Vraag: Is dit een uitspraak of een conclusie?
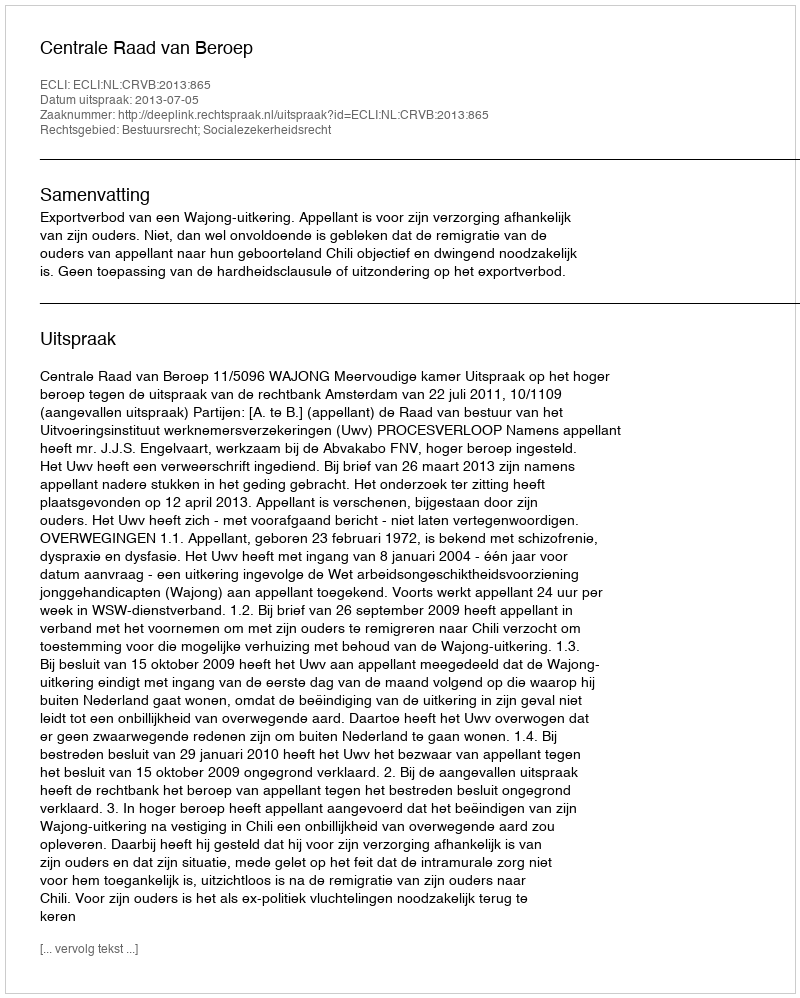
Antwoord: Uitspraak